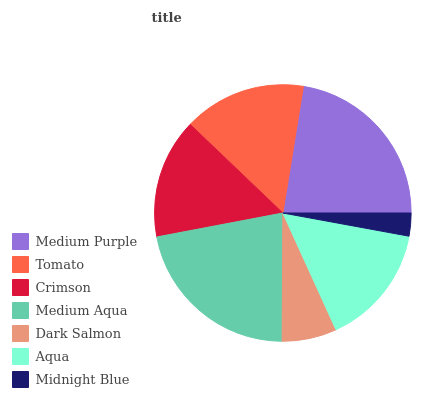
| Medium Purple | Tomato | Crimson | Medium Aqua | Dark Salmon | Aqua | Midnight Blue |
 | --- | --- | --- | --- | --- | --- | --- |
 | 22.4% | 15.4% | 15.1% | 22% | 6.89% | 15.3% | 2.9% |